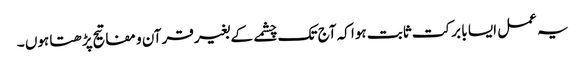
یہ عمل ایسا با برکت ثابت ہوا کہ آج تک چشمے کے بغیر قرآن و مفاتیح پڑھتا ہوں ۔